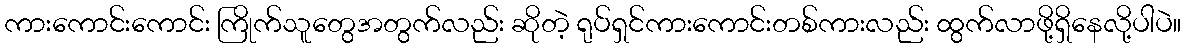
ကားကောင်းကောင်း ကြိုက်သူတွေအတွက်လည်း ဆိုတဲ့ ရုပ်ရှင်ကားကောင်းတစ်ကားလည်း ထွက်လာဖို့ရှိနေလို့ပါပဲ။